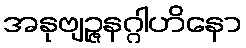
အနုဗျဉ္ဇနဂ္ဂါဟိနော